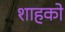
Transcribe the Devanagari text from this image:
शाहको